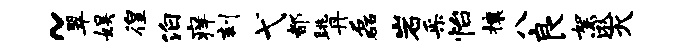
~翠娱徨泊痒刻弋都眺丹磊岩采怡攘八良絮湫灭